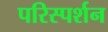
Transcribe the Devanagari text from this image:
परिस्‍पर्शन